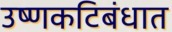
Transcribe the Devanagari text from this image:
उष्णकटिबंधात